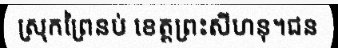
ស្រុកព្រៃនប់ ខេត្តព្រះសីហនុ។ជន